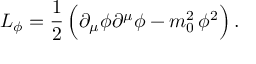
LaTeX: { \cal L } _ { \phi } = \frac { 1 } { 2 } \, \Bigl ( \partial _ { \mu } \phi \partial ^ { \mu } \phi - m _ { 0 } ^ { 2 } \, \phi ^ { 2 } \Bigr ) \, .